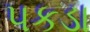
પકડા